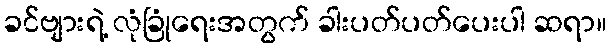
ခင်ဗျားရဲ့ လုံခြုံရေးအတွက် ခါးပတ်ပတ်ပေးပါ ဆရာ။